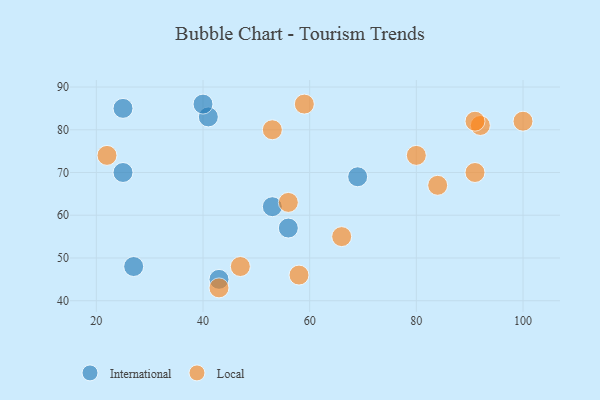
{"axis": {"x": "GDP", "y": "Life Expectancy"}, "legend": ["International", "Local"], "data": [{"x": "41", "y": 83, "type": "International"}, {"x": "25", "y": 85, "type": "International"}, {"x": "53", "y": 62, "type": "International"}, {"x": "25", "y": 70, "type": "International"}, {"x": "43", "y": 45, "type": "International"}, {"x": "69", "y": 69, "type": "International"}, {"x": "56", "y": 57, "type": "International"}, {"x": "27", "y": 48, "type": "International"}, {"x": "40", "y": 86, "type": "International"}, {"x": "91", "y": 70, "type": "Local"}, {"x": "22", "y": 74, "type": "Local"}, {"x": "92", "y": 81, "type": "Local"}, {"x": "59", "y": 86, "type": "Local"}, {"x": "91", "y": 82, "type": "Local"}, {"x": "53", "y": 80, "type": "Local"}, {"x": "58", "y": 46, "type": "Local"}, {"x": "84", "y": 67, "type": "Local"}, {"x": "100", "y": 82, "type": "Local"}, {"x": "47", "y": 48, "type": "Local"}, {"x": "66", "y": 55, "type": "Local"}, {"x": "80", "y": 74, "type": "Local"}, {"x": "56", "y": 63, "type": "Local"}, {"x": "43", "y": 43, "type": "Local"}]}